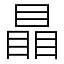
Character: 瞐